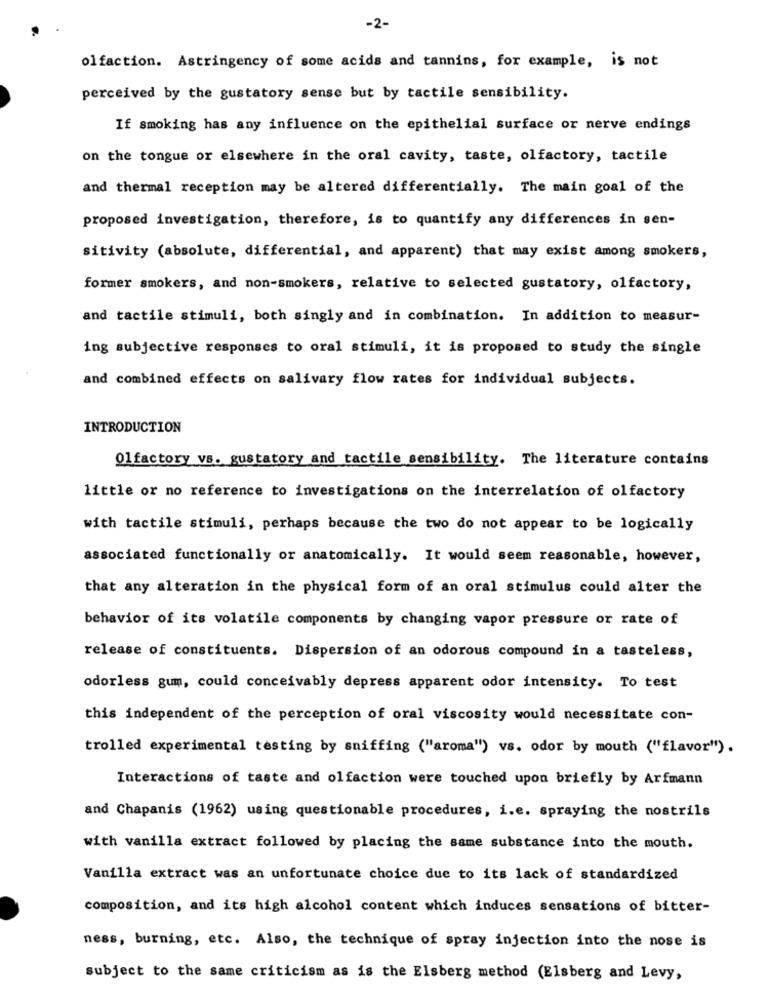
-2-
olfaction. Astringency of some acids and tannins, for example, is not
perceived by the gustatory sense but by tactile sensibility.
If smoking has any influence on the epithelial surface or nerve endings
on the tongue or elsewhere in the oral cavity, taste, olfactory, tactile
and thermal reception may be altered differentially. The main goal of the
proposed investigation, therefore, is to quantify any differences in sen-
sitivity (absolute, differential, and apparent) that may exist among smokers,
former smokers, and non-smokers, relative to selected gustatory, olfactory,
and tactile stimuli, both singly and in combination. In addition to measur-
ing subjective responses to oral stimuli, it is proposed to study the single
and combined effects on salivary flow rates for individual subjects.
INTRODUCTION
Olfactory vs. gustatory and tactile sensibility. The literature contains
little or no reference to investigations on the interrelation of olfactory
with tactile stimuli, perhaps because the two do not appear to be logically
associated functionally or anatomically. It would seem reasonable, however,
that any alteration in the physical form of an oral stimulus could alter the
behavior of its volatile components by changing vapor pressure or rate of
release of constituents. Dispersion of an odorous compound in a tasteless,
odorless gum, could conceivably depress apparent odor intensity. To test
this independent of the perception of oral viscosity would necessitate con-
trolled experimental testing by sniffing ("aroma") vs. odor by mouth ("flavor").
Interactions of taste and olfaction were touched upon briefly by Arfmann
and Chapanis (1962) using questionable procedures, i.e. spraying the nostrils
with vanilla extract followed by placing the same substance into the mouth.
Vanilla extract was an unfortunate choice due to its lack of standardized
composition, and its high alcohol content which induces sensations of bitter-
ness, burning, etc. Also, the technique of spray injection into the nose is
subject to the same criticism as is the Elsberg method (Elsberg and Levy,